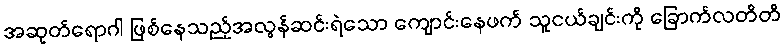
အဆုတ်ရောဂါ ဖြစ်နေသည့်အလွန်ဆင်းရဲသော ကျောင်းနေဖက် သူငယ်ချင်းကို ခြောက်လတိတိ